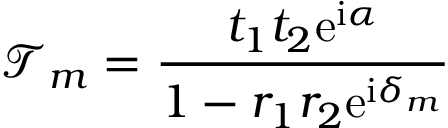
\mathcal { T } _ { m } = \frac { t _ { 1 } t _ { 2 } \mathrm { e } ^ { \mathrm { i } \alpha } } { 1 - r _ { 1 } r _ { 2 } \mathrm { e } ^ { \mathrm { i } \delta _ { m } } }